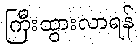
ကြီးထွားလာရန်